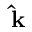
{ \bf \hat { k } }